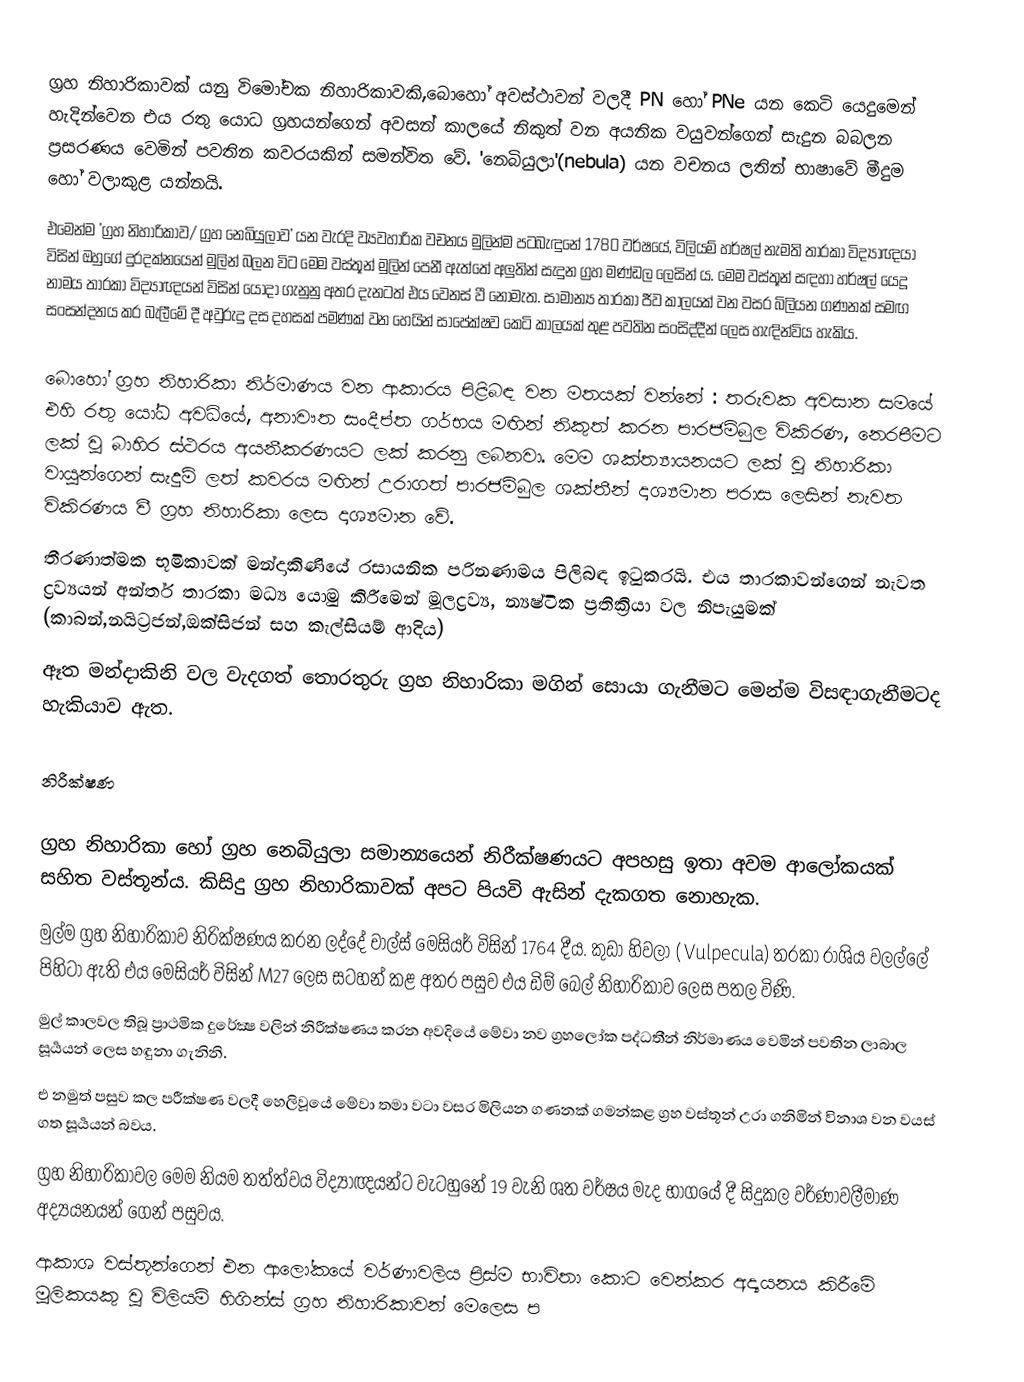
ග්‍රහ නිහාරිකාවක් යනු විමෝචක නිහාරිකාවකි,බොහෝ අවස්ථාවන් වලදී PN හෝ PNe යන කෙටි යෙදුමෙන් හැදින්වෙන එය රතු යොධ ග්‍රහයන්ගෙන් අවසන් කාලයේ නිකුත් වන අයනික වයුවන්ගෙන් සැදුන බබලන ප්‍රසරණය වෙමින් පවතින කවරයකින් සමන්විත වේ. 'නෙබියුලා'(nebula) යන වචනය ලතින් භාෂාවේ මීදුම හෝ වලාකුළ යන්නයි.
එමෙන්ම 'ග්‍රහ නිහාරිකාව/ ග්‍රහ නෙබියුලාව' යන වැරදි ව්‍යවහාරික වචනය මුලින්ම පටබැඳුනේ 1780 වර්ෂයේ, විලියම් හර්ෂල් නැමති තාරකා විද්‍යාඥයා විසින් ඔහුගේ දුරදක්නයෙන් මුලින් බලන විට මෙම වස්තූන් මුලින් පෙනී ඇත්තේ අලුතින් සැදුන ග්‍රහ මණ්ඩල ලෙසින් ය. මෙම වස්තූන් සඳහා හර්ෂල් යෙදූ නාමය තාරකා විද්‍යාඥයන් විසින් යොදා ගැනුනු අතර දැනටත් එය වෙනස් වී නොමැත. සාමාන්‍ය තාරකා ජීව කාලයක් වන වසර බිලියන ගණනක් සමඟ සංසන්දනය කර බැලීමේ දී අවුරුදු දස දහසක් පමණක් වන හෙයින් සාපේක්ෂව කෙටි කාලයක් තුළ පවතින සංසිද්දීන් ලෙස හැඳින්විය හැකිය.

බොහෝ ග්‍රහ නිහාරිකා නිර්මාණය වන ආකාරය පිළිබඳ වන මතයක් වන්නේ : තරුවක අවසාන සමයේ එහි රතු යෝධ අවධියේ, අනාවෟත සංදීප්ත ගර්භය මඟින් නිකුත් කරන පාරජම්බුල විකිරණ, නෙරපීමට ලක් වූ බාහිර ස්ථරය අයනීකරණයට ලක් කරනු ලබනවා. මෙම ශක්ත්‍යායනයට ලක් වූ නිහාරිකා වායූන්ගෙන් සැදුම් ලත් කවරය මඟින් උරාගත් පාරජම්බුල ශක්තීන් දෘශ්‍යමාන පරාස ලෙසින් නැවත විකිරණය වී ග්‍රහ නිහාරිකා ලෙස දෘශ්‍යමාන වේ.
තීරණාත්මක භූමිකාවක් මන්දාකිණියේ රසායනික පරිනණාමය පිලිබඳ ඉටුකරයි. එය තාරකාවන්ගෙන් නැවත ද්‍රව්‍යයන් අන්තර් තාරකා මධ්‍ය යොමු කිරීමෙන් මූලද්‍රව්‍ය, න්‍යෂ්ටික ප්‍රතික්‍රියා වල නිපැයුමක් (කාබන්,නයිට්‍රජන්,ඔක්සිජන් සහ කැල්සියම් ආදිය)
ඈත මන්දාකිනි වල වැදගත් තොරතුරු ග්‍රහ නිහාරිකා මගින් සොයා ගැනීමට මෙන්ම විසඳාගැනීමටද හැකියාව ඇත.

නිරීක්ෂණ

ග්‍රහ නිහාරිකා හෝ ග්‍රහ නෙබියුලා සමාන්‍යයෙන් නිරීක්ෂණයට අපහසු ඉතා අවම ආලෝකයක් සහිත වස්තූන්ය​. කිසිදු ග්‍රහ නිහාරිකාවක් අපට පියවි ඇසින් දැකගත නොහැක​.
මුල්ම ග්‍රහ නිහාරිකාව නිරික්ෂණය කරන ලද්දේ චාල්ස් මෙසියර් විසින් 1764 දීය​. කුඩා හිවලා ( Vulpecula) තරකා රාශිය වලල්ලේ පිහිටා ඇති  එය මෙසියර් විසින් M27 ලෙස සටහන් කළ අතර පසුව එය ඩිම් බෙල් නිහාරිකාව ලෙස පතල විණි.
මුල් කාලවල තිබූ ප්‍රාථමික දුරේක්‍ෂ වලින් නිරීක්ෂණය  කරන අවදියේ මේවා නව ග්‍රහලෝක පද්ධතීන් නිර්මාණය වෙමින් පවතින ලාබාල සූර්‍යයන් ලෙස හඳුනා ගැනිනි.
එ නමුත් පසුව කල පරීක්ෂණ වලදී හෙලිවූයේ මේවා  තමා වටා වසර මිලියන ගණනක් ගමන්කළ ග්‍රහ වස්තූන් උරා ගනිමින් විනාශ වන වයස් ගත සූර්‍යයන් බවය​.
ග්‍රහ නිහාරිකාවල මෙම නියම තත්ත්වය  විද්‍යාඥයන්ට වැටහුනේ 19 වැනි ශත වර්ෂය මැද භාගයේ දී සිදුකල වර්ණාවලීමාණ අද්‍යයනයන් ගෙන් පසුවය​.
ආකාශ වස්තූන්ගෙන් එන ආලෝකයේ  වර්ණාවලිය ප්‍රිස්ම භාවිතා කොට වෙන්කර අද්‍යයනය කිරීමේ මූලිකයකු වූ විලියම් හිගින්ස් ග්‍රහ නිහාරිකාවන් මෙලෙස ප